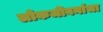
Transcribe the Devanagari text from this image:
लोकजीवनांचा